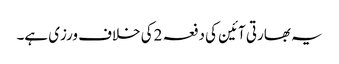
یہ بھارتی آئین کی دفعہ 2کی خلاف ورزی ہے۔